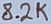
Text: 8.2K